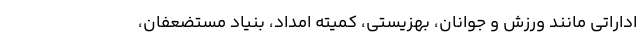
اداراتی مانند ورزش و جوانان، بهزیستی، کمیته امداد، بنیاد مستضعفان،